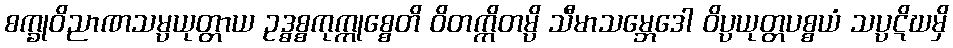
စက္ခုဝိညာဏသမ္ပယုတ္တာယ ဥဒ္ဓစ္စကုက္ကုစ္စေတိ ဝိတက္ကိတမ္ပိ သီမာသမ္ဘေဒေါ ဝိပ္ပယုတ္တပစ္စယံ သပ္ပဋိဃမှိ